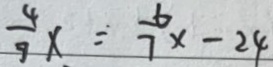
\frac { 4 } { 9 } x = \frac { 6 } { 7 } x - 2 4